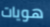
هويات